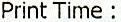
PRINT TIME :